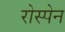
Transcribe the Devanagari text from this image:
रोस्पेन